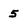
Character: 5